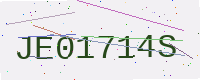
Text: JE01714S